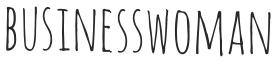
BUSINESSWOMAN